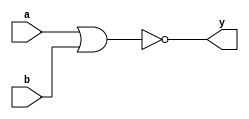
`timescale 1ns / 1ps


module NOR_Gate(input a,b, output y);
assign y=~(a|b);
endmodule